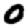
Digit: 0